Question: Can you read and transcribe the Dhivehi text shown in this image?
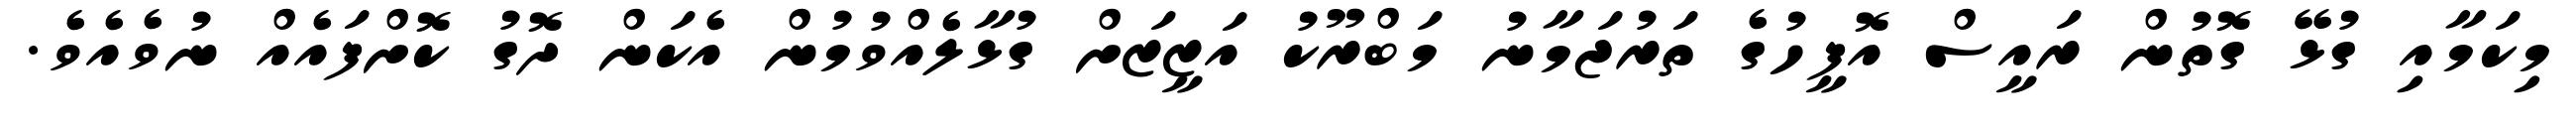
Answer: މިކަމާއި ގުޅޭ ގޮތުން ރައީސް އޮފީހުގެ ތަރުޖަމާނު މަބްރޫކު އަޒީޒަށް ގުޅާލެއްވުމުން އެކަން ދޮގު ކޮށްފައެއް ނުވެއެވެ.